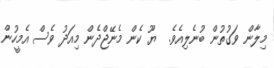
މިލާން ވަގުތުން ބުނެލިއެވެ.  ޔޫ ކެން މެނޭޖްދެން މިއަދު ވެސް އެމީހުން